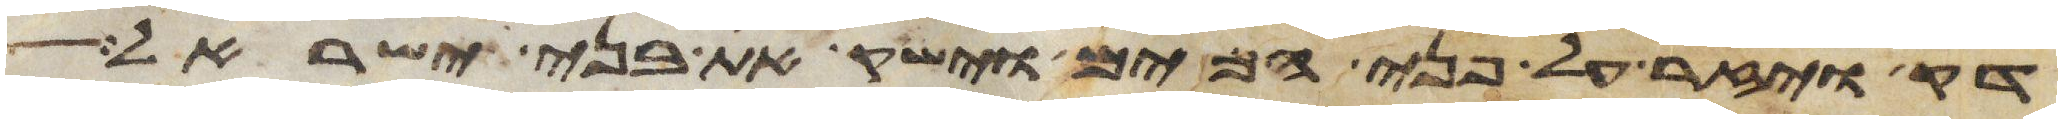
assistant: דק ויזר על פני המים וישק את בני ישראל